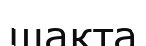
шақта